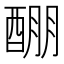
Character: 𲆱